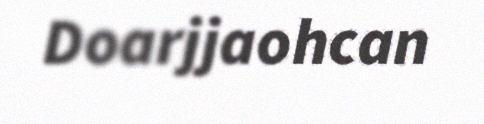
Doarjjaohcan